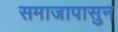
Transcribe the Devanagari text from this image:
समाजापासुन